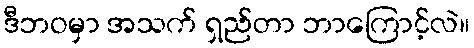
ဒီဘဝမှာ အသက် ရှည်တာ ဘာကြောင့်လဲ။